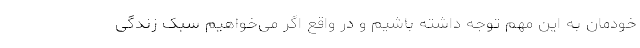
خودمان به این مهم توجه داشته باشیم و در واقع اگر می‌خواهیم سبک زندگی